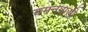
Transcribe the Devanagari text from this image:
यमनवासी